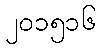
၂၀၁၅၁၆